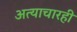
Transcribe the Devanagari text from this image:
अत्याचारही